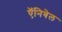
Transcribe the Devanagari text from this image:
ऍनिबेल